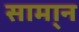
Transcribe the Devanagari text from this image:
सामा्न